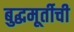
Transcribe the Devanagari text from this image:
बुद्धमूर्तीची